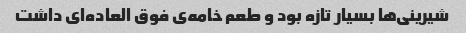
شیرینی‌ها بسیار تازه بود و طعم خامه‌ی فوق العاده‌ای داشت